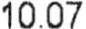
10.07